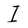
Character: I